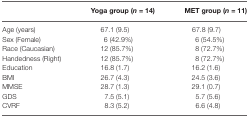
<table><thead><tr><td></td><td><b>Yoga group (<i>n</i> = 14)</b></td><td><b>MET group (<i>n</i> = 11)</b></td></tr></thead><tbody><tr><td>Age (years)</td><td>67.1 (9.5)</td><td>67.8 (9.7)</td></tr><tr><td>Sex (Female)</td><td>6 (42.9%)</td><td>6 (54.5%)</td></tr><tr><td>Race (Caucasian)</td><td>12 (85.7%)</td><td>8 (72.7%)</td></tr><tr><td>Handedness (Right)</td><td>12 (85.7%)</td><td>8 (72.7%)</td></tr><tr><td>Education</td><td>16.8 (1.7)</td><td>16.2 (1.6)</td></tr><tr><td>BMI</td><td>26.7 (4.3)</td><td>24.5 (3.6)</td></tr><tr><td>MMSE</td><td>28.7 (1.3)</td><td>29.1 (0.7)</td></tr><tr><td>GDS</td><td>7.5 (5.1)</td><td>5.7 (5.6)</td></tr><tr><td>CVRF</td><td>8.3 (5.2)</td><td>6.6 (4.8)</td></tr></tbody></table>